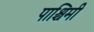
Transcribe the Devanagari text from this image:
पाश्चिमी